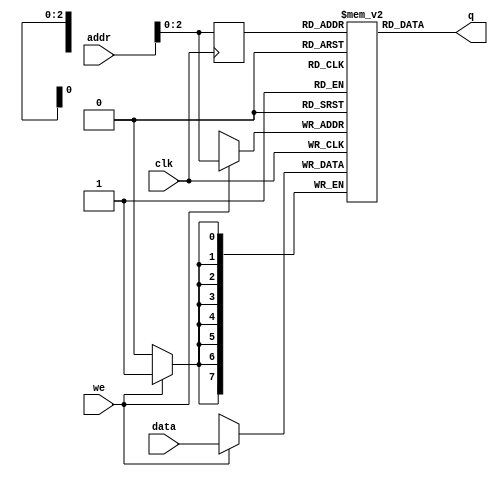
// Quartus Prime Verilog Template
// Single port RAM with single read/write address 

module single_port_ram 
#(parameter DATA_WIDTH=8, parameter ADDR_WIDTH=6)
(
	input [(DATA_WIDTH-1):0] data,
	input [(ADDR_WIDTH-1):0] addr,
	input we, clk,
	output [(DATA_WIDTH-1):0] q
);

	// Declare the RAM variable
	reg [DATA_WIDTH-1:0] ram[ADDR_WIDTH-1:0];

	// Variable to hold the registered read address
	reg [ADDR_WIDTH-1:0] addr_reg;
	
	/*
	//Initial conditions
	initial
	begin
		$readmemh("C:/Users/aleja/Documents/GitHub/Sistema_Mem_Ruiz_Eugenio/source/ram.txt", ram);
	end
	*/

	always @ (posedge clk)
	begin
		// Write
		if (we)
			ram[addr] <= data;

		addr_reg <= addr;
	end

	// Continuous assignment implies read returns NEW data.
	// This is the natural behavior of the TriMatrix memory
	// blocks in Single Port mode.  
	assign q = ram[addr_reg];

endmodule